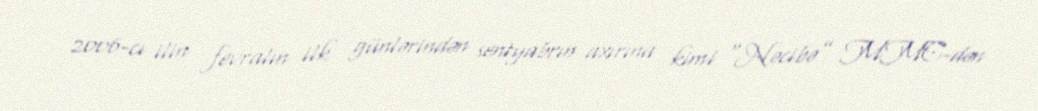
2006-cı ilin fevralın ilk günlərindən sentyabrın axırına kimi “Nəcibə” MMC-dən